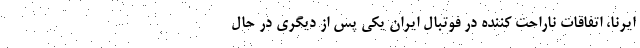
ایرنا، اتفاقات ناراحت کننده در فوتبال ایران یکی پس از دیگری در حال